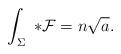
LaTeX: \begin{align*}\int _{\Sigma} \ {*}{\cal F} = n\sqrt{a}.\end{align*}